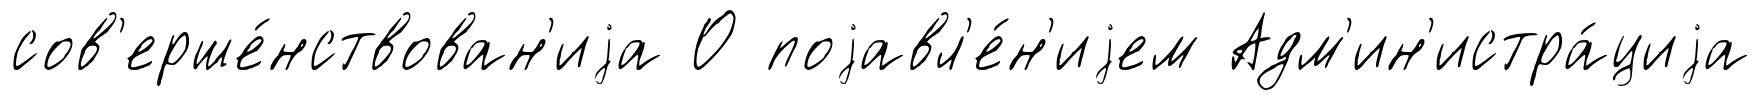
сов'ерше́нствован'иjа О поjавл'е́н'иjем Адм'ин'истра́циjа